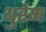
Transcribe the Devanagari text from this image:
थुरेम